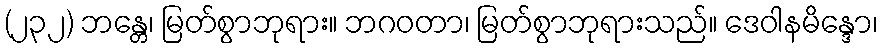
(၂၃၂) ဘန္တေ၊ မြတ်စွာဘုရား။ ဘဂဝတာ၊ မြတ်စွာဘုရားသည်။ ဒေဝါနမိန္ဒော၊